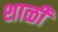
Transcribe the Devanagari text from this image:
शाळी